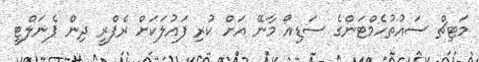
މަޓިޗް ސައުތުހެމްޓަންގެ ސަޑިއޯ މާނޭ އަށް ކުރި ފައުލަކަށް ރެފްރީ ދިން ޕެނަލްޓީ